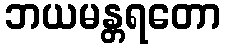
ဘယမန္တရတော